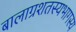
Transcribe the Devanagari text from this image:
बालाग्रशतस्यभागस्य